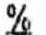
%